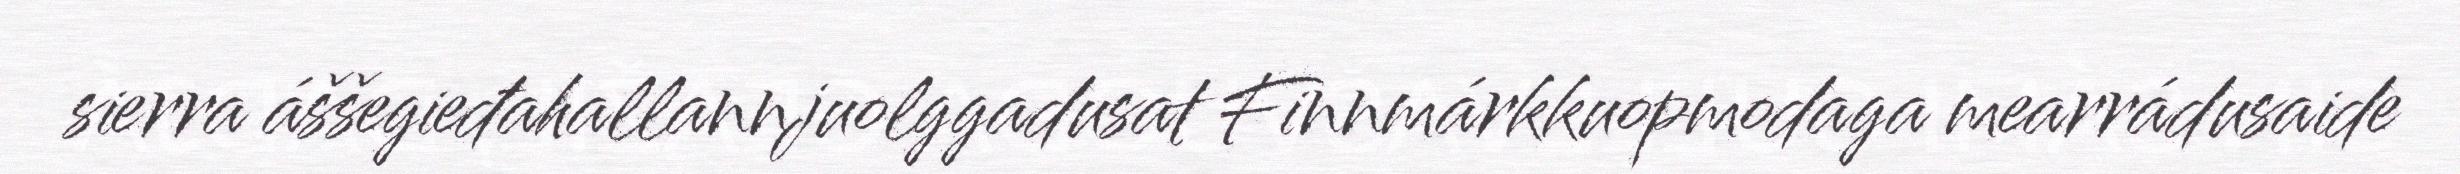
sierra áššegieđahallannjuolggadusat Finnmárkkuopmodaga mearrádusaide